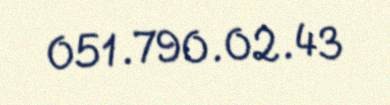
051.790.02.43